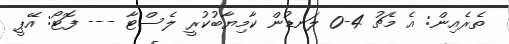
ތެރެއިން: އެ މެޗު 4-0 ލަނޑުން ކާމިޔާބުކުރީ ލެސްޓާ --- ފޮޓޯ: އޭޕީ